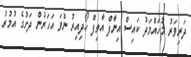
ދަރިވަރު މުހައްމަދު ކައިސް އިނާފް އާތިފް ހޯދިއިރު ނުވަ އަހަރުން ދަށުގެ އުމުރު